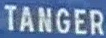
TANGER